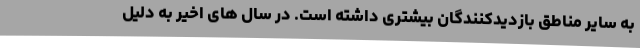
به سایر مناطق بازدیدکنندگان بیشتری داشته است. در سال های اخیر به دلیل